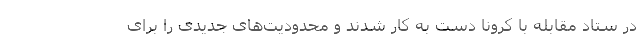
در ستاد مقابله با کرونا دست به کار شدند و محدودیت‌های جدیدی را برای